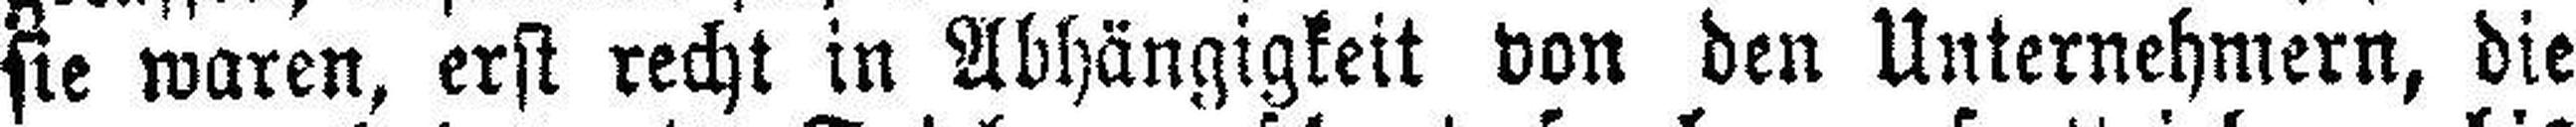
sie waren, erst recht in Abhängigkeit von den Unternehmern, die